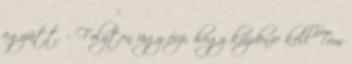
együtt. – Folyton úgy érzi, hogy küzdenie kell Tom